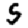
Digit: 5